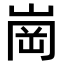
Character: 崗